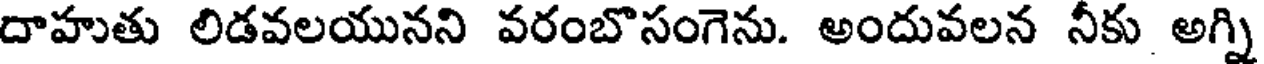
దాహుతు లిడవలయునని వరంబొసంగెను. అందువలన నీకు అగ్ని